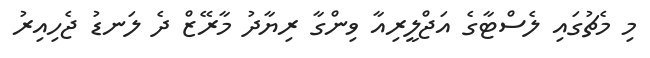
މި މެޗުގައި ލެސްޓާގެ އަޖްލީރިއާ ވިންގާ ރިޔާދު މާރޭޒް ދެ ލަނޑު ޖެހިއިރު